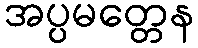
အပ္ပမတ္တေန